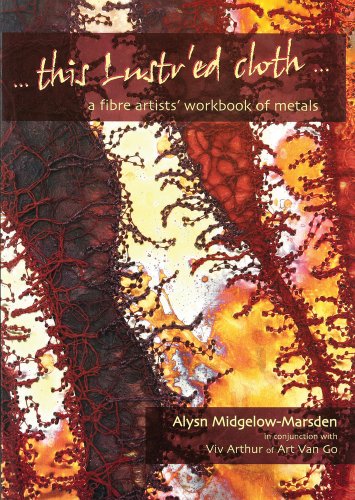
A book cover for This Lustr'ed Cloth: A Fibre Artists' Workbook of Metals; Alysn Midgelow-Marsden; Crafts, Hobbies & Home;